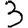
Digit: 3